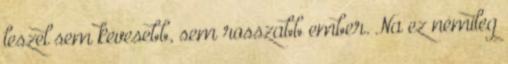
leszel sem kevesebb, sem rosszabb ember. Na ez némileg